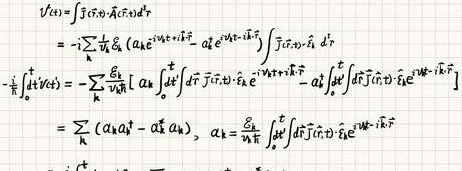
\[
\begin{align*}
V(t_1)&=i\int \vec{\jmath}(t_1)\cdot\vec{A}(t_1)dt_1\\
&=-i\sum_{\vec{k}}\frac{\omega_{\vec{k}}}{2}(\alpha_{\vec{k}}e^{-i\omega_{\vec{k}}t_1}+\alpha_{-\vec{k}}^{\dagger}e^{i\omega_{\vec{k}}t_1})\int\vec{j}(t_1)\cdot\hat{\vec{e}}_{\vec{k}}d^3r_1\\
-\frac{i}{\hbar}\int V(t_1)dt_1&=-\sum_{\vec{k}}\frac{\omega_{\vec{k}}}{\hbar}\left[\alpha_{\vec{k}}\int_0^t dt_1\int\vec{j}(t_1)\cdot\hat{\vec{e}}_{\vec{k}}e^{-i\omega_{\vec{k}}t_1}-\alpha_{-\vec{k}}^{\dagger}\int_0^t dt_1\int\vec{j}(t_1)\cdot\hat{\vec{e}}_{\vec{k}}e^{i\omega_{\vec{k}}t_1}\right]\\
&=\sum_{\vec{k}}(a_{\vec{k}}a_{\vec{k}}^{\dagger}-a_{\vec{k}}^{\dagger}a_{\vec{k}}),\ a_{\vec{k}}=\frac{\omega_{\vec{k}}}{\hbar}\int_0^t dt_1\int\vec{j}(t_1)\cdot\hat{\vec{e}}_{\vec{k}}e^{-i\omega_{\vec{k}}t_1}
\end{align*}
\]